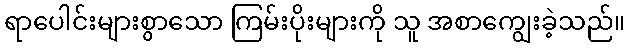
ရာပေါင်းများစွာသော ကြမ်းပိုးများကို သူ အစာကျွေးခဲ့သည်။